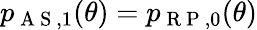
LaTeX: p_{\mathrm{~A~S~},1}(\theta)=p_{\mathrm{~R~P~},0}(\theta)